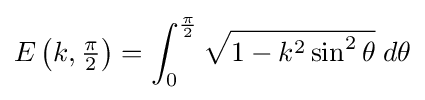
E\left(k,\textstyle {\frac {\pi }{2}}\right)=\int _{0}^{\frac {\pi }{2}}{\sqrt {1-k^{2}\sin ^{2}\theta }}\;d\theta